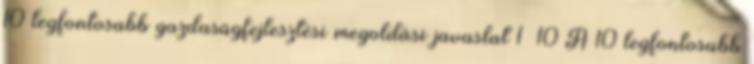
10 legfontosabb gazdaságfejlesztési megoldási javaslat 1 10 A 10 legfontosabb